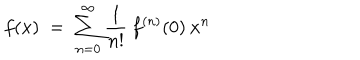
LaTeX: f ( x ) \; = \; \sum _ { n = 0 } ^ { \infty } \frac { 1 } { n ! } \: f ^ { ( n ) } ( 0 ) \: x ^ { n }